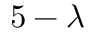
5 - \lambda